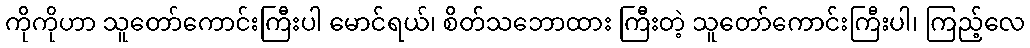
ကိုကိုဟာ သူတော်ကောင်းကြီးပါ မောင်ရယ်၊ စိတ်သဘောထား ကြီးတဲ့ သူတော်ကောင်းကြီးပါ၊ ကြည့်လေ